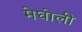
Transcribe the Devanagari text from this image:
मेघोली